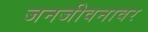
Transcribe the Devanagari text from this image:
जनजीवनावर